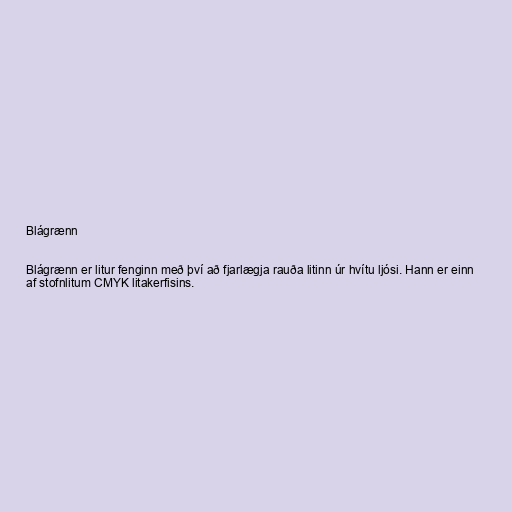
Blágrænn

Blágrænn er litur fenginn með því að fjarlægja rauða litinn úr hvítu ljósi. Hann er einn
af stofnlitum CMYK litakerfisins.